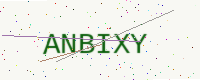
Text: ANBIXY